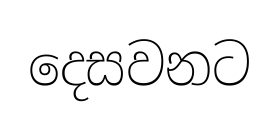
දෙසවනට